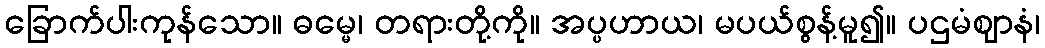
ခြောက်ပါးကုန်သော။ ဓမ္မေ၊ တရားတို့ကို။ အပ္ပဟာယ၊ မပယ်စွန့်မူ၍။ ပဌမံဈာနံ၊